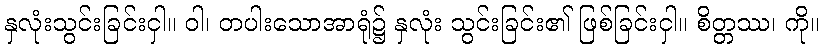
နှလုံးသွင်းခြင်းငှါ။ ဝါ၊ တပါးသောအာရုံ၌ နှလုံး သွင်းခြင်း၏ ဖြစ်ခြင်းငှါ။ စိတ္တဿ၊ ကို။